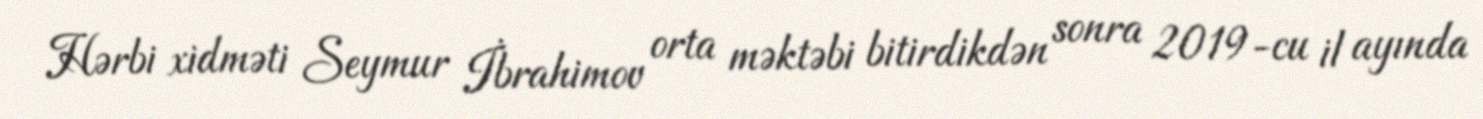
Hərbi xidməti Seymur İbrahimov orta məktəbi bitirdikdən sonra 2019-cu il ayında